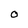
Character: O